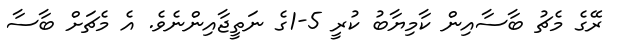
ރޭގެ މެޗު ބާސާއިން ކާމިޔާބު ކުރީ 5-1ގެ ނަތީޖާއިންނެވެ. އެ މެޗަށް ބާސާ